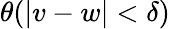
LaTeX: \theta(|v-w|<\delta)